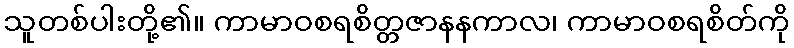
သူတစ်ပါးတို့၏။ ကာမာဝစရစိတ္တဇာနနကာလ၊ ကာမာဝစရစိတ်ကို